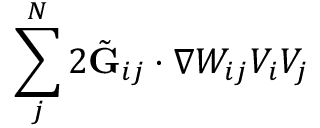
\sum _ { j } ^ { N } 2 \tilde { \mathbf { G } } _ { i j } \cdot \nabla W _ { i j } V _ { i } V _ { j }